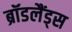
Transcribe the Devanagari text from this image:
ब्रॉडलैंड्स